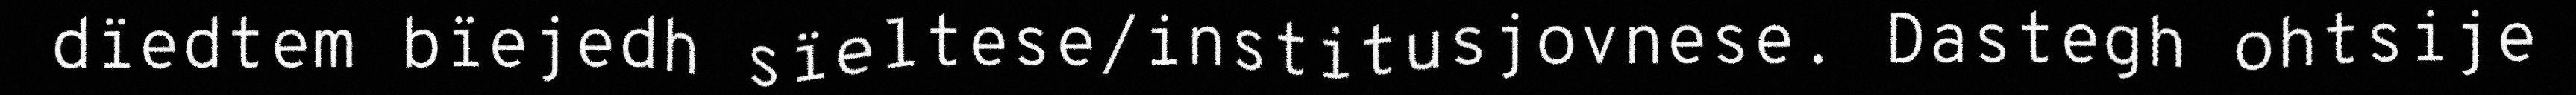
dïedtem bïejedh sïeltese/institusjovnese. Dastegh ohtsije